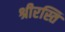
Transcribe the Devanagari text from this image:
श्रीरस्ति